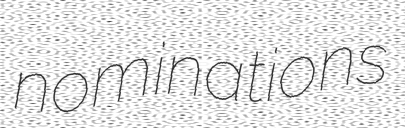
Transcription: nominations